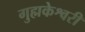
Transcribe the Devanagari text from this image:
गुह्मकेश्वरी